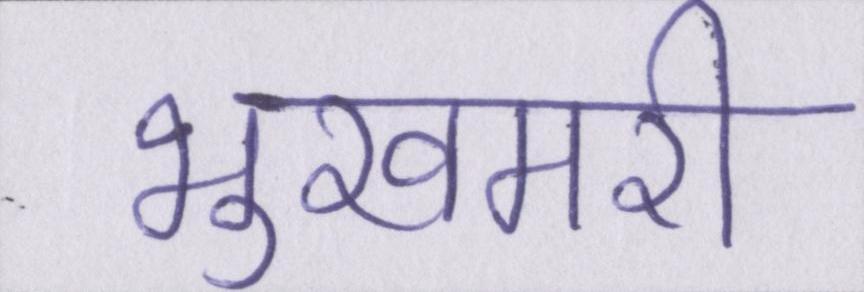
भुखमरी